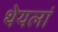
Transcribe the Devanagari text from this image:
थेयलां